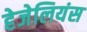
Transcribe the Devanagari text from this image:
हेजेलियंस